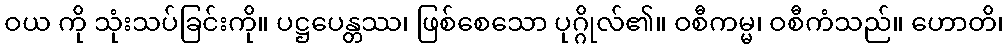
ဝယ ကို သုံးသပ်ခြင်းကို။ ပဋ္ဌပေန္တဿ၊ ဖြစ်စေသော ပုဂ္ဂိုလ်၏။ ဝစီကမ္မ၊ ဝစီကံသည်။ ဟောတိ၊